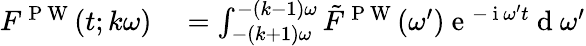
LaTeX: \begin{array}{rl}{F^{\mathrm{~P~W~}}(t;k\omega)}&{{}=\int_{-(k+1)\omega}^{-(k-1)\omega}\tilde{F}^{\mathrm{~P~W~}}(\omega^{\prime})\mathrm{~e~}^{-\mathrm{~i~}\omega^{\prime}t}\mathrm{~d~}\omega^{\prime}}\end{array}